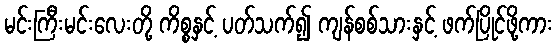
မင်းကြီးမင်းလေးတို့ ကိစ္စနှင့် ပတ်သက်၍ ကျန်စစ်သားနှင့် ဖက်ပြိုင်ဖို့ကား